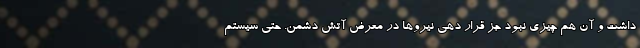
داشت و آن هم چیزی نبود جز قرار دهی نیروها در معرض آتش دشمن. حتی سیستم